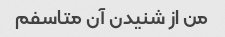
من از شنیدن آن متاسفم